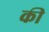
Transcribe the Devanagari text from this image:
की